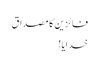
فائزین کا مصداق
خدایا!